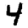
Digit: 4